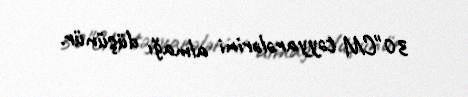
30"CM təyyarələrini almağı düşünür.